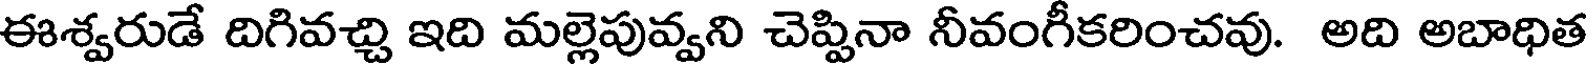
ఈశ్వరుడే దిగివచ్చి ఇది మల్లెపువ్వని చెప్పినా నీవంగీకరించవు. అది అబాధిత